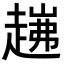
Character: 𧼗